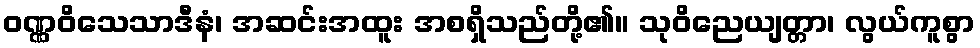
ဝဏ္ဏဝိသေသာဒီနံ၊ အဆင်းအထူး အစရှိသည်တို့၏။ သုဝိညေယျတ္တာ၊ လွယ်ကူစွာ